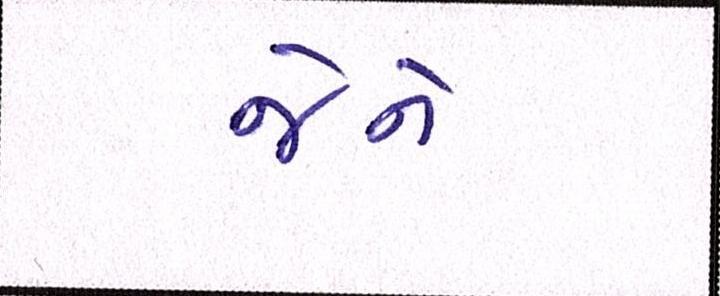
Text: જેને